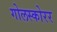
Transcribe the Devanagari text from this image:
गोलस्कोरर